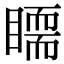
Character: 𥋃